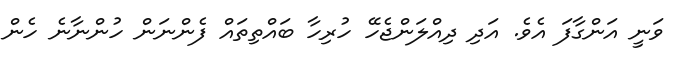
ވަނީ އަންގާފަ އެވެ. އަދި ދިއްލަންޖެހޭ ހުރިހާ ބައްތިތައް ފެންނަން ހުންނާނެ ހެން